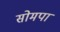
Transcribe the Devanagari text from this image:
सोमपा